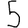
Digit: 5